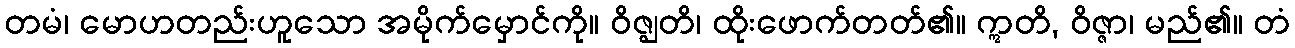
တမံ၊ မောဟတည်းဟူသော အမိုက်မှောင်ကို။ ဝိဇ္ဈတိ၊ ထိုးဖောက်တတ်၏။ ဣတိ, ဝိဇ္ဇာ၊ မည်၏။ တံ